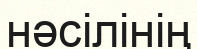
нәсілінің